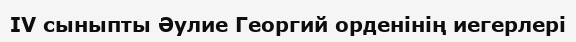
IV сыныпты Әулие Георгий орденінің иегерлері